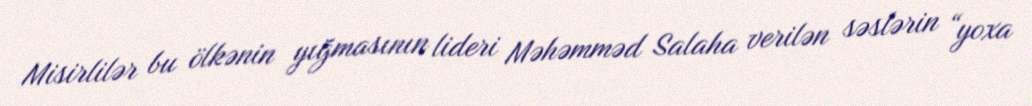
Misirlilər bu ölkənin yığmasının lideri Məhəmməd Salaha verilən səslərin “yoxa